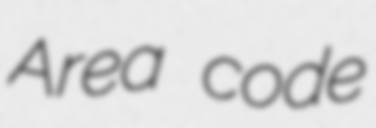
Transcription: Area code